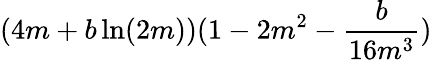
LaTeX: (4m+b\ln(2m))(1-2m^{2}-\frac{b}{16m^{3}})